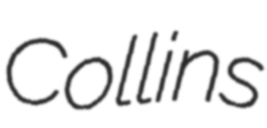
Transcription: Collins